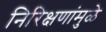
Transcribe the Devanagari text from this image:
निरिक्षणांमुळे